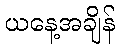
ယနေ့အချိန်